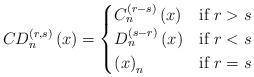
LaTeX: \begin{align*}CD_{n}^{\left(r,s\right)}\left(x\right)=\begin{cases}C_{n}^{\left(r-s\right)}\left(x\right) & \mbox{if }r>s\\D_{n}^{\left(s-r\right)}\left(x\right) & \mbox{if }r<s\\\left(x\right)_{n} & \mbox{if }r=s\end{cases}\end{align*}